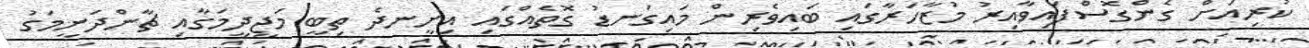
ކުރިއަށް ގެންގޮސްފައިވާއިރު މުޒާހަރާގައި ބައިވެރިން މައިގަނޑު ގޮތެއްގައި އިށީނދެ ތިބީ މަޖީދީމަގާއި ޗާންދަނީމަގު